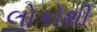
લોકોથી